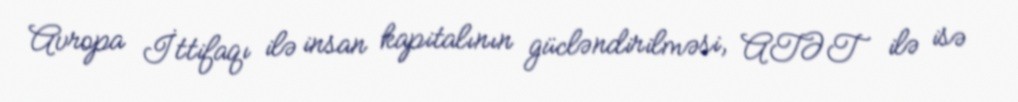
Avropa İttifaqı ilə insan kapitalının gücləndirilməsi, ATƏT ilə isə